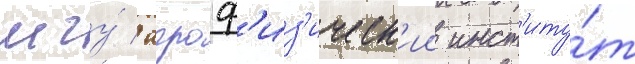
мгу́ / агроф'из'ическ'ии инст'иту́т